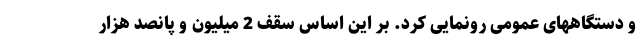
و دستگاههای عمومی رونمایی کرد. بر این اساس سقف 2 میلیون و پانصد هزار